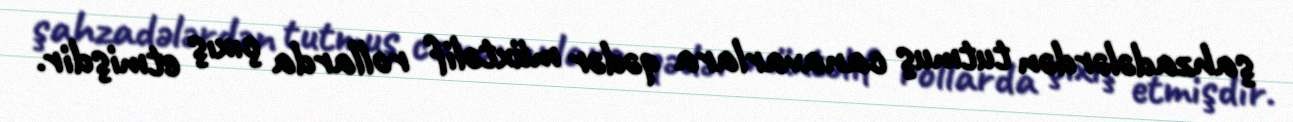
şahzadələrdən tutmuş canavarlara qədər müxtəlif rollarda çıxış etmişdir.